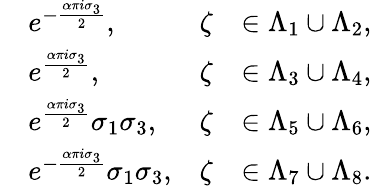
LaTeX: \begin{array}{rlrl}&{e^{-\frac{\alpha\pi i\sigma_{3}}{2}},}&{\zeta}&{\in\Lambda_{1}\cup\Lambda_{2},}\\ &{e^{\frac{\alpha\pi i\sigma_{3}}{2}},}&{\zeta}&{\in\Lambda_{3}\cup\Lambda_{4},}\\ &{e^{\frac{\alpha\pi i\sigma_{3}}{2}}\sigma_{1}\sigma_{3},}&{\zeta}&{\in\Lambda_{5}\cup\Lambda_{6},}\\ &{e^{-\frac{\alpha\pi i\sigma_{3}}{2}}\sigma_{1}\sigma_{3},}&{\zeta}&{\in\Lambda_{7}\cup\Lambda_{8}.}\end{array}